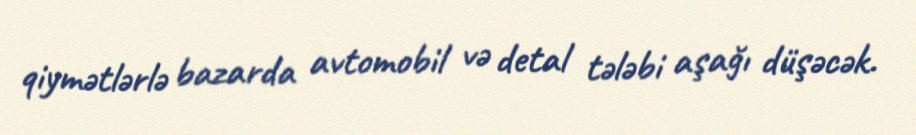
qiymətlərlə bazarda avtomobil və detal tələbi aşağı düşəcək.